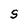
Character: S